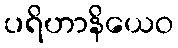
ပရိဟာနိယေဝ